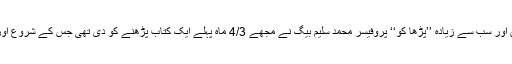
اِنفارمیشن گروپ کے ایک سینئر رُکن اور سب سے زیادہ ’’پڑھا کو‘‘ پروفیسر محمد سلیم بیگ نے مجھے 4/3 ماہ پہلے ایک کتاب پڑھنے کو دی تھی جس کے شروع اور آخر کے صفحات پھٹے ہوئے تھے۔